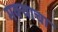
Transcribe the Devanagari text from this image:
मक्याचा